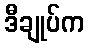
ဒီချုပ်က